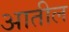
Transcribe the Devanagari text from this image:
अातील